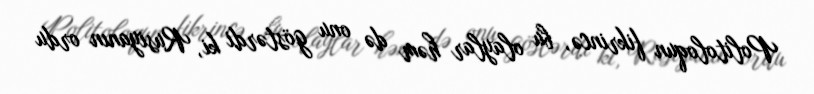
Politoloqun fikrincə, bu olaylar həm də onu göstərdi ki, Rusiyanın ordu